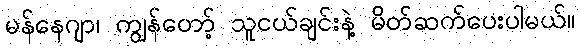
မန်နေဂျာ၊ ကျွန်တော့် သူငယ်ချင်းနဲ့ မိတ်ဆက်ပေးပါမယ်။